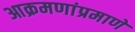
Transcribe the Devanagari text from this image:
आक्रमणांप्रमाणे